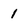
Character: 1